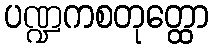
ပဏ္ဍကစတုတ္ထော